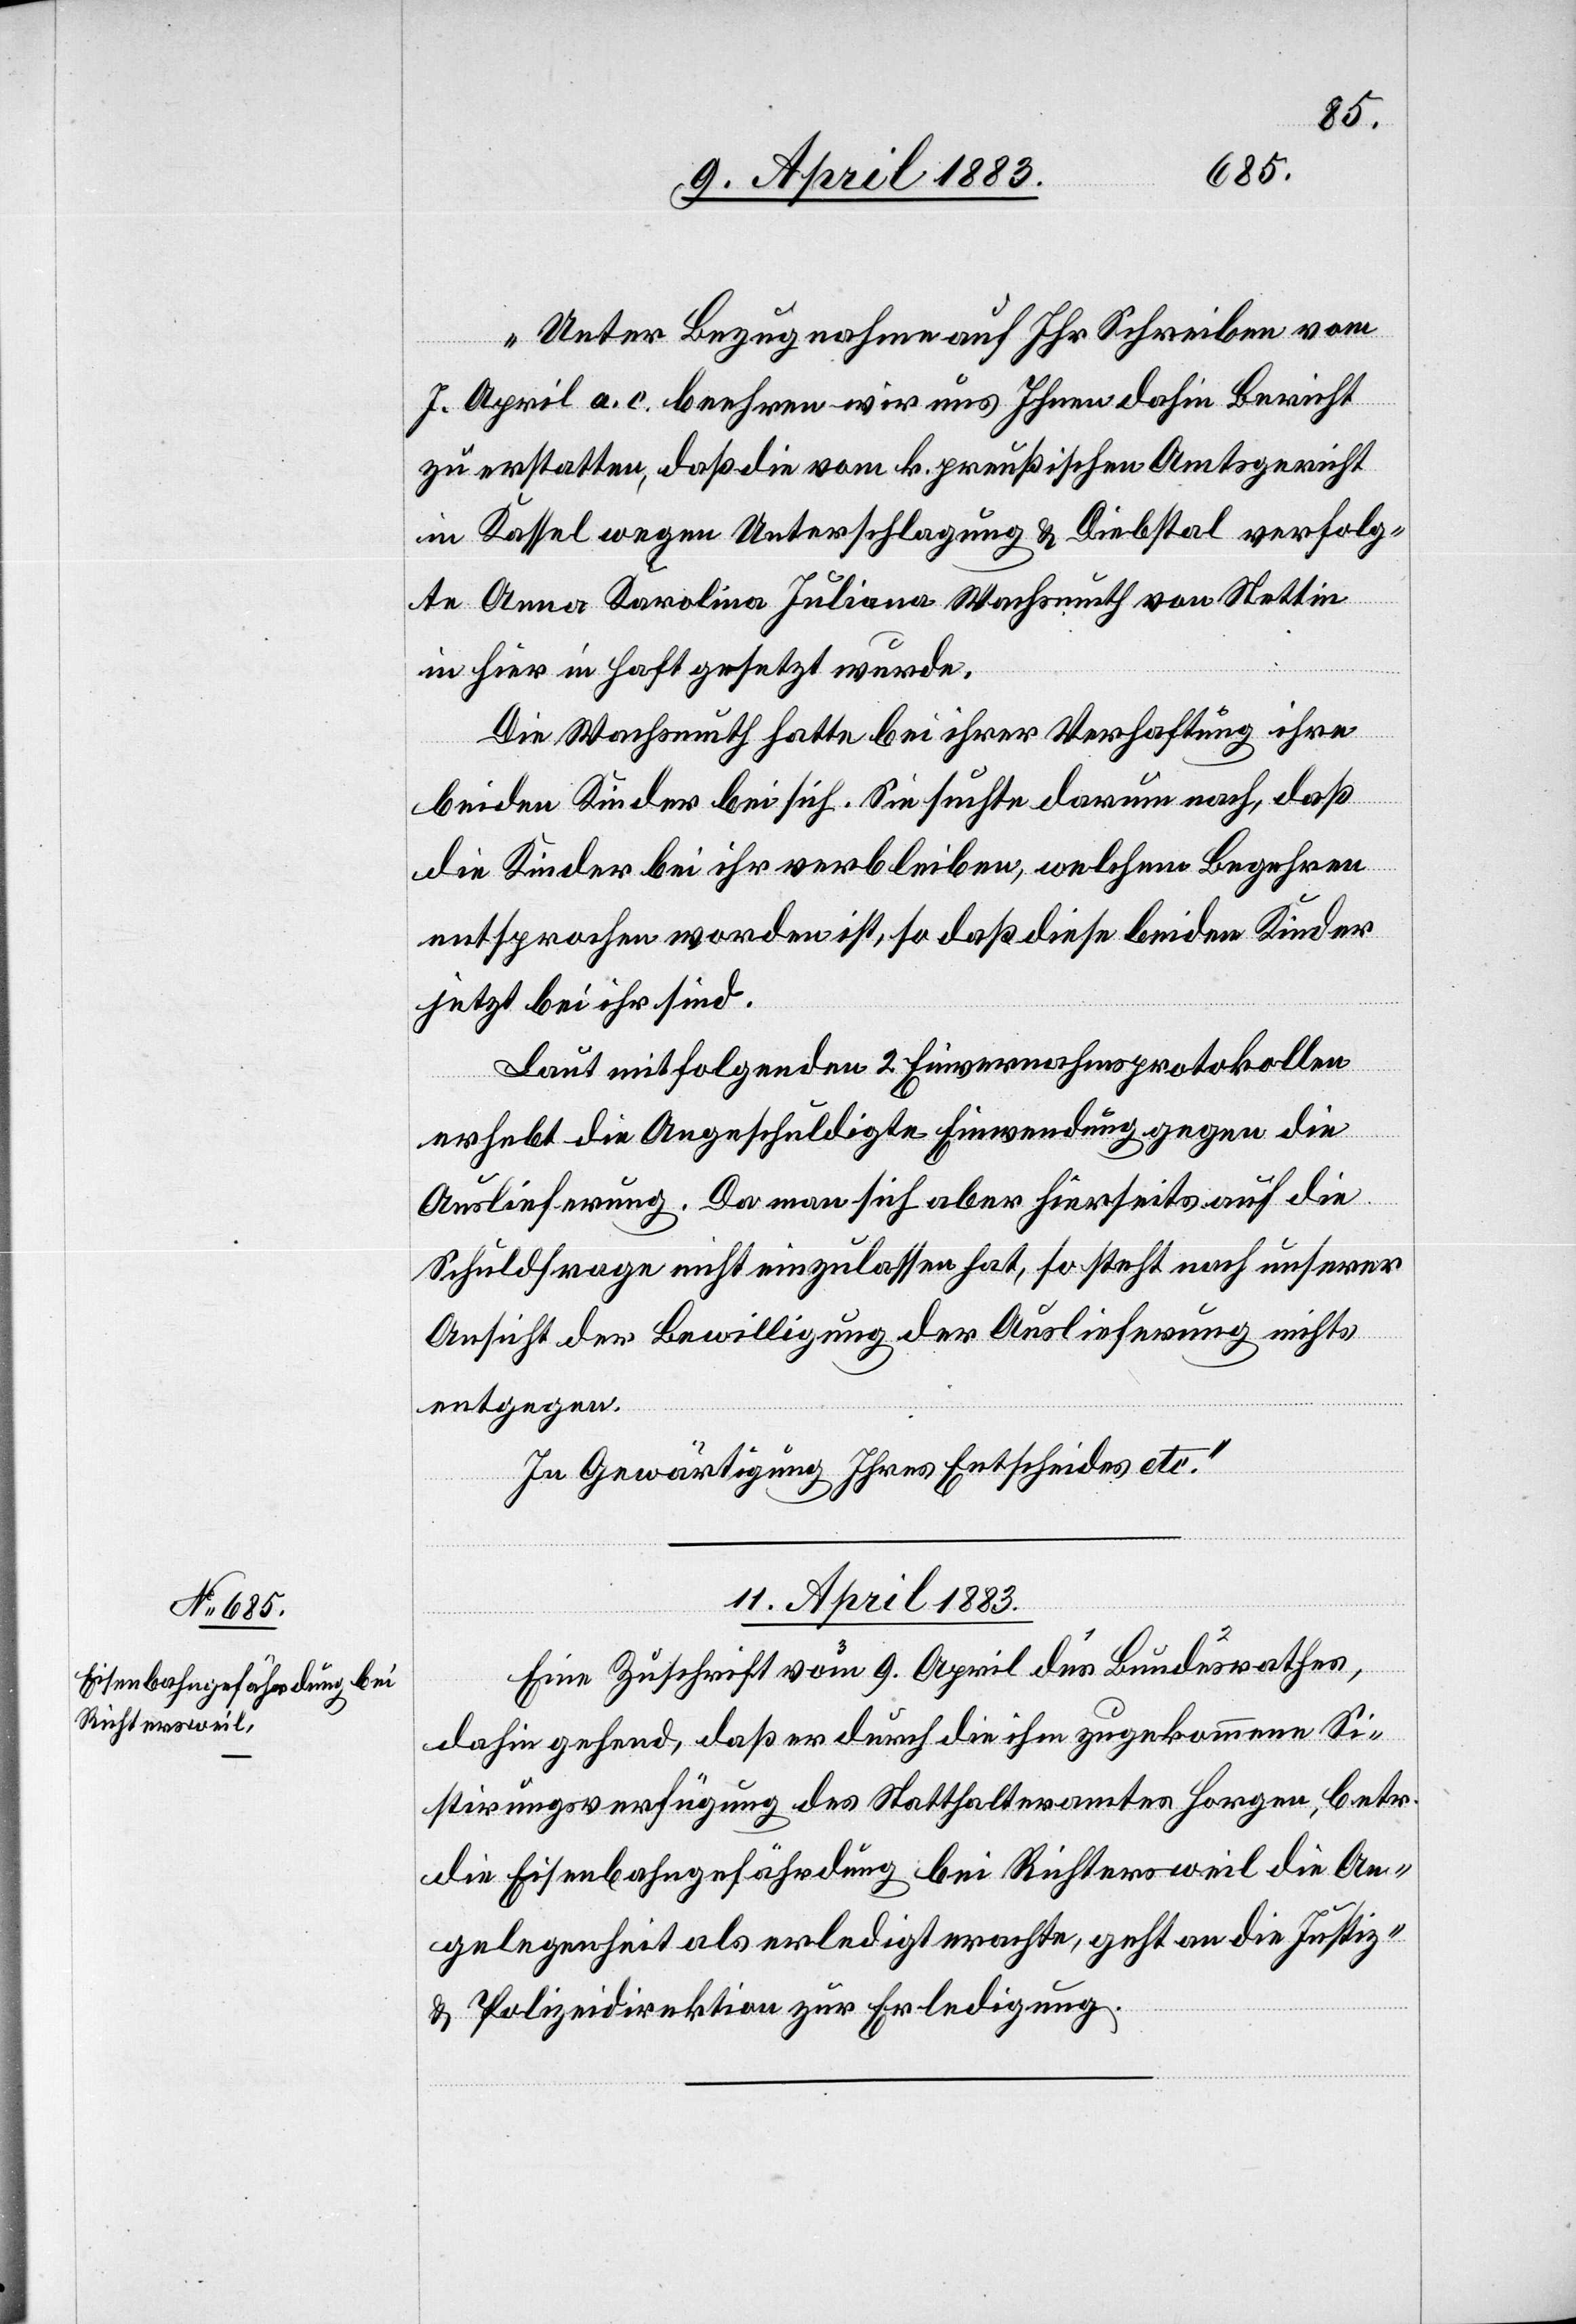
„Unter Bezugnahme auf Ihr Schreiben vom
7. April a. c. beehren wir uns Ihnen dahin Bericht
zu erstatten, daß die vom k. preußischen Amtsgericht
in Kassel wegen Unterschlagung & Diebstahl verfolg¬
te Anna Karolina Juliana Wachsmuth von Stettin
in hier in Haft gesetzt wurde.
Die Wachsmuth hatte bei ihrer Verhaftung ihre
beiden Kinder bei sich. Sie suchte darum nach, daß
die Kinder bei ihr verbleiben, welchem Begehren
entsprochen worden ist, so daß diese beiden Kinder
jetzt bei ihr sind.
Laut mitfolgenden 2 Einvernahmsprotokollen
erhebt die Angeschuldigte Einwendung gegen die
Auslieferung. Da man sich aber hierseits auf die
Schuldfrage nicht einzulassen hat, so steht nach unserer
Ansicht der Bewilligung der Auslieferung nichts
entgegen.
In Gewärtigung Ihres Entscheides etc.“
11. April 1883.
Eine Zuschrift vom 9. April des Bundesrathes,
dahin gehend, daß er durch die ihm zugekommene Si¬
stirungsverfügung des Statthalteramtes Horgen, betr.
die Eisenbahngefährdung bei Richtersweil die An¬
gelegenheit als erledigt erachte, geht an die Justiz-
& Polizeidirektion zur Erledigung.